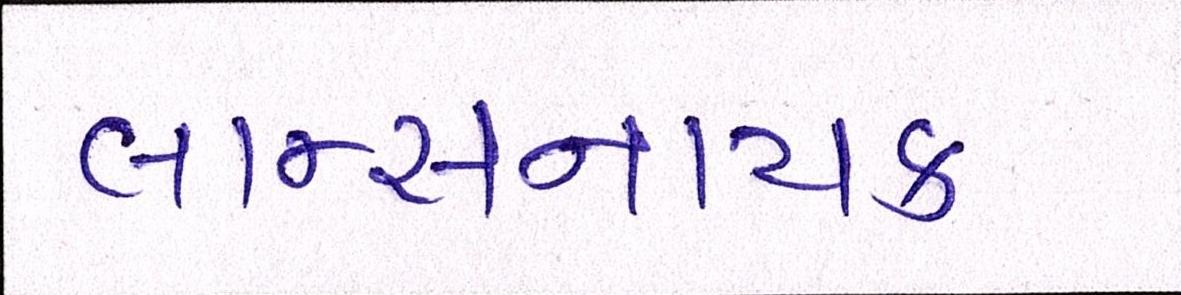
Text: લાન્સનાયક